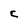
Character: C